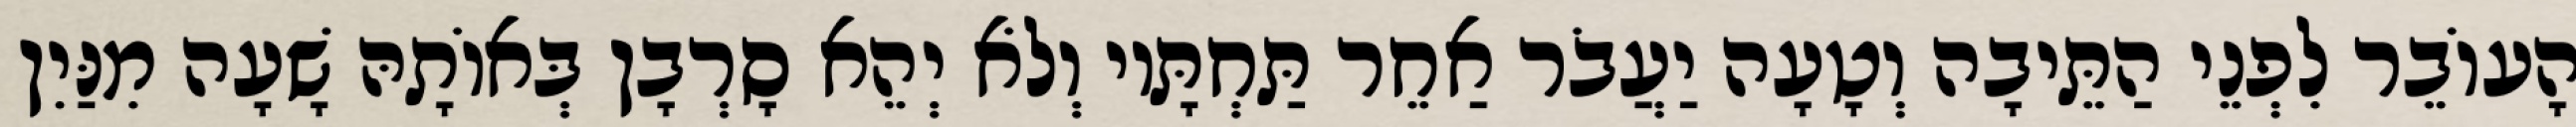
הָעוֹבֵר לִפְנֵי הַתֵּיבָה וְטָעָה יַעֲבֹר אַחֵר תַּחְתָּיו וְלֹא יְהֵא סָרְבָן בְּאוֹתָהּ שָׁעָה מִנַּיִן